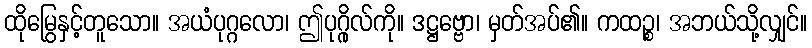
ထိုမြွေနှင့်တူသော။ အယံပုဂ္ဂလော၊ ဤပုဂ္ဂိုလ်ကို။ ဒဋ္ဌဗ္ဗော၊ မှတ်အပ်၏။ ကထဉ္စ၊ အဘယ်သို့လျှင်။